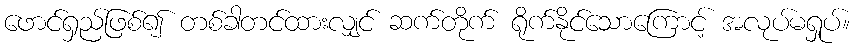
ဖောင်ရှည်ဖြစ်၍ တစ်ခါတင်ထားလျှင် ဆက်တိုက် ရိုက်နိုင်သောကြောင့် အလုပ်မရှုပ်။